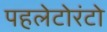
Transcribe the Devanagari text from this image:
पहलेटोरंटो